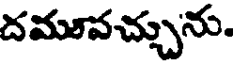
దమూవచ్చును.